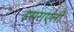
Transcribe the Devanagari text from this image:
इसराएली